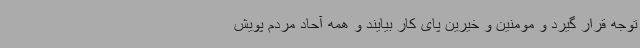
توجه قرار گیرد و مومنین و خیرین پای کار بیایند و همه آحاد مردم پویش